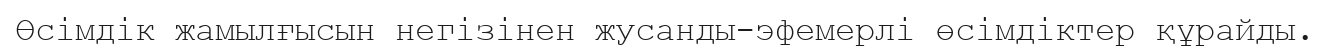
Өсімдік жамылғысын негізінен жусанды-эфемерлі өсімдіктер құрайды.